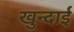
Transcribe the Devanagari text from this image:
खुन्दाई